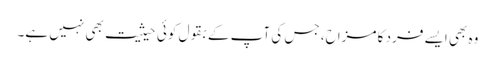
وہ بھی ایسے فرد کا مزاح، جس کی آپ کے بقول کوئی حیثیت بھی نہیں ہے۔